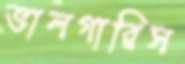
ভালগারিস